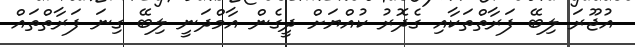
އުޖޫރަ ލިބޭ ފަރާތްތަކާއި ގެދޮރު ކުއްޔަށް ދީގެން އާމްދަނީ ލިބޭ ގިނަ ފަރާތްތައް